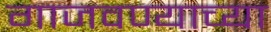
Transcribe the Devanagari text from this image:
गाजवण्याच्या